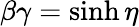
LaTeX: \beta\gamma=\sinh\eta